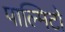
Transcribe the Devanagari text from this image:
पाल्मिटो